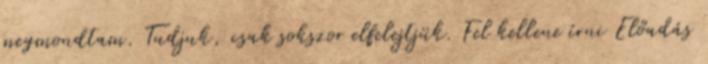
megmondtam. Tudjuk, csak sokszor elfelejtjük. Fel kellene írni Előadás